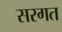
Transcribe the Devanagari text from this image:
सरगत